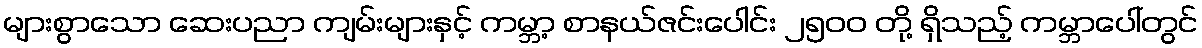
များစွာသော ဆေးပညာ ကျမ်းများနှင့် ကမ္ဘာ့ စာနယ်ဇင်းပေါင်း ၂၅၀၀ တို့ ရှိသည့် ကမ္ဘာပေါ်တွင်